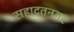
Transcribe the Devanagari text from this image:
सहादतनगर